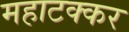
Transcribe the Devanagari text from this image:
महाटक्कर